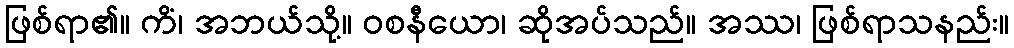
ဖြစ်ရာ၏။ ကိံ၊ အဘယ်သို့။ ဝစနီယော၊ ဆိုအပ်သည်။ အဿ၊ ဖြစ်ရာသနည်း။